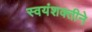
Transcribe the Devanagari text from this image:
स्वयंशक्तीने